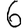
Digit: 6